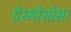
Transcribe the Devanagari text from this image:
डेस्मोसोम।